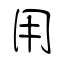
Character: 用